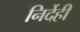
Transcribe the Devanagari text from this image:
निर्देही